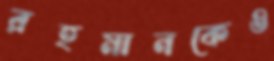
রহমানকেও